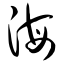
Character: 海